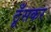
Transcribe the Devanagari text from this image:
ठूँसकर